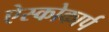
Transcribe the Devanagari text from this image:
ऐस्कोकार्प